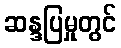
ဆန္ဒပြမှုတွင်